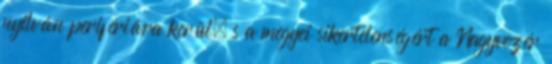
nyilván perifériára kerül, s a megyei sikertelenségért a Nagyvezér